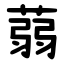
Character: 蒻